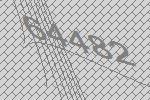
64482